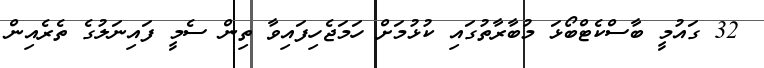
32 ގައުމީ ބާސްކެޓްބޯޅަ މުބާރާތުގައި ކުޅުމަށް ހަމަޖެހިފައިވާ ތިން ސެމީ ފައިނަލުގެ ތެރެއިން